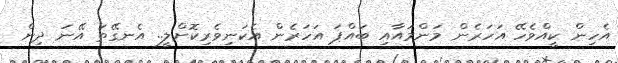
އެހިން ކީއްވެހޭ އަހަރެން މަންމައާއި ބައްޕަ އަހަރެން އެކަނިވެރިކޮށްލީ.. އެނގޭތަ އޭނަ ދިން